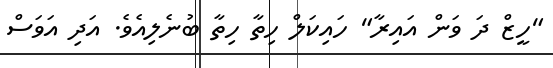
"ހީޒް ދަ ވަން އައިރާ" ހައިކަލް ހިތާ ހިތާ ބުނެލިއެވެ. އަދި އަވަސް